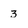
Character: 3